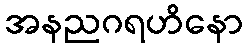
အနညဂရဟိနော